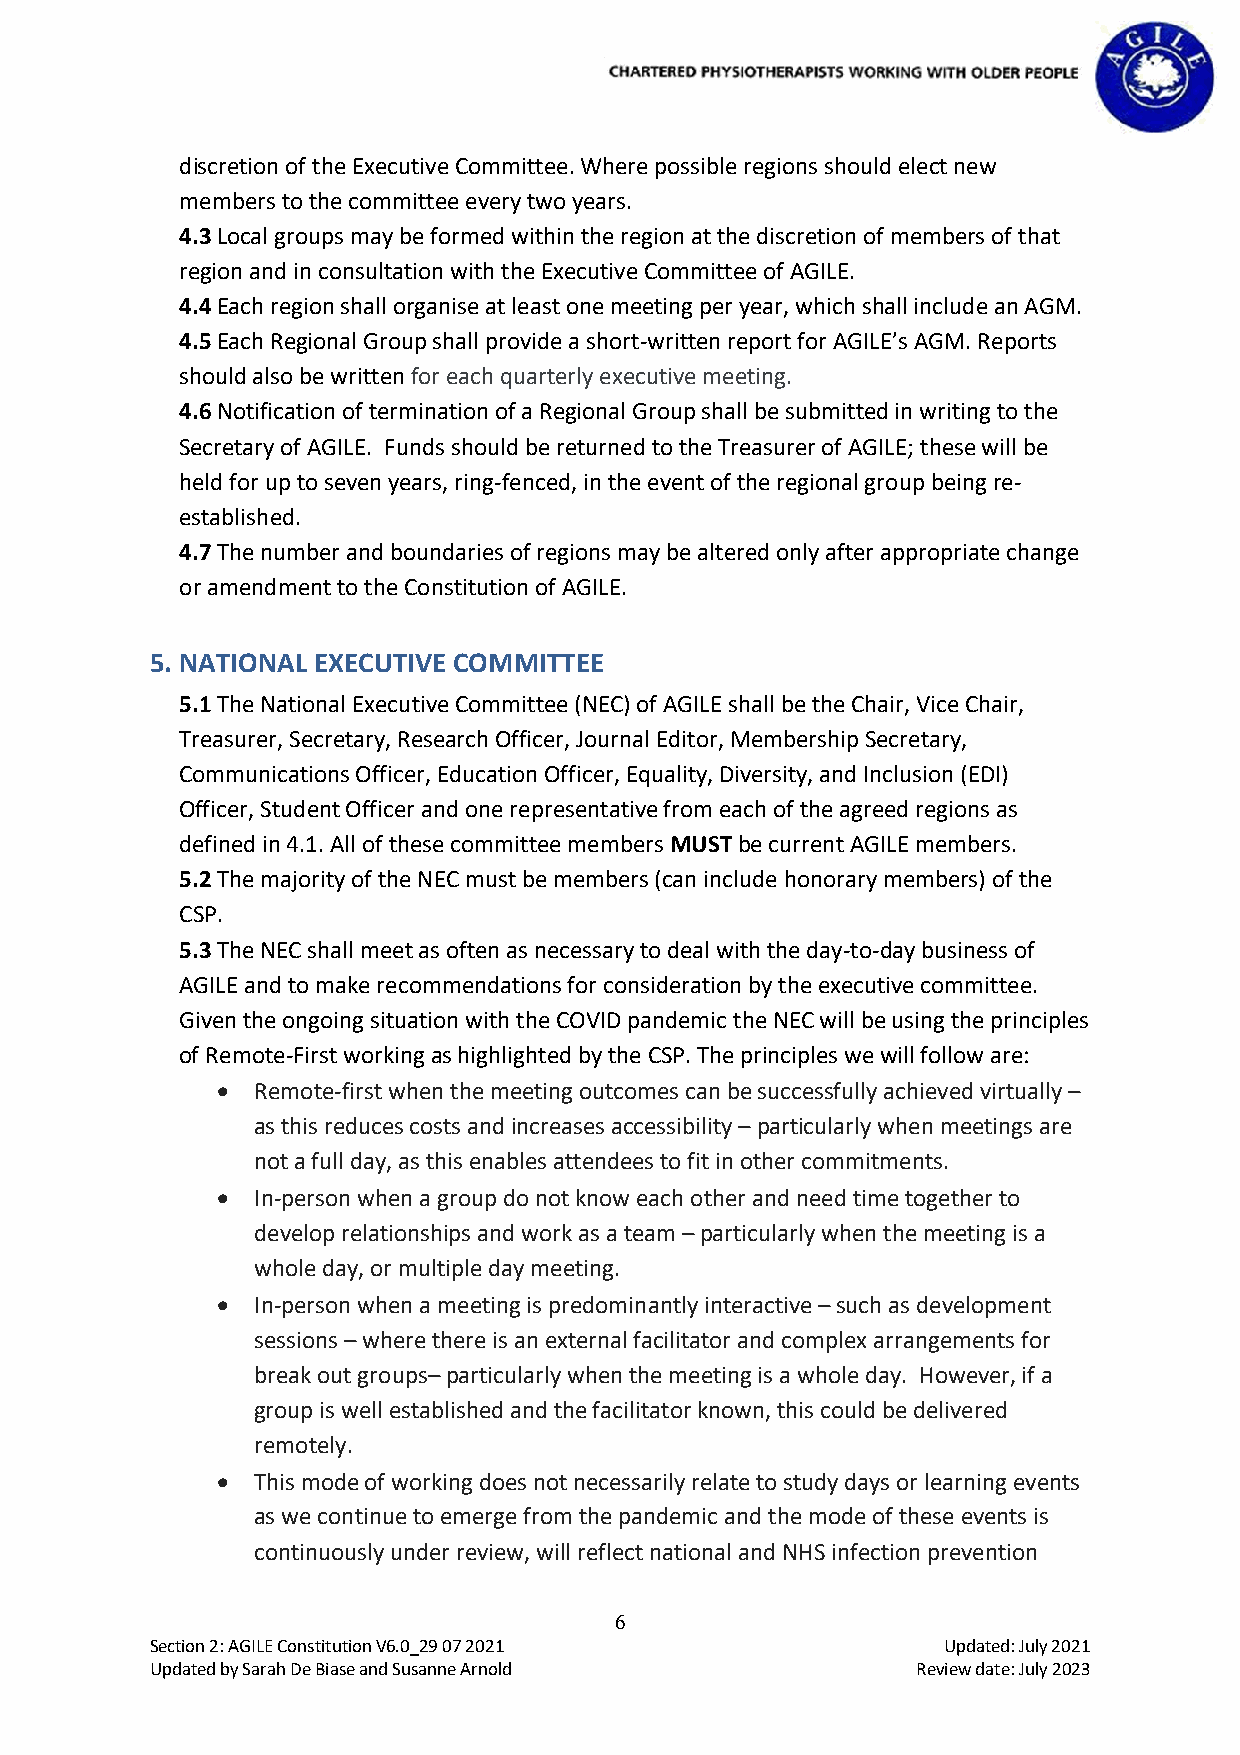
discretion of the Executive Committee. Where possible regions should elect new
 members to the committee every two years.
 4.3 Local groups may be formed within the region at the discretion of members of that
 region and in consultation with the Executive Committee of AGILE.
 4.4 Each region shall organise at least one meeting per year, which shall include an AGM.
 4.5 Each Regional Group shall provide a short-written report for AGILE’s AGM. Reports
 should also be written for each quarterly executive meeting.
 4.6 Notification of termination of a Regional Group shall be submitted in writing to the
 Secretary of AGILE. Funds should be returned to the Treasurer of AGILE; these will be
 held for up to seven years, ring-fenced, in the event of the regional group being re-
 established.
 4.7 The number and boundaries of regions may be altered only after appropriate change
 or amendment to the Constitution of AGILE.
 5. NATIONAL EXECUTIVE COMMITTEE
 5.1 The National Executive Committee (NEC) of AGILE shall be the Chair, Vice Chair,
 Treasurer, Secretary, Research Officer, Journal Editor, Membership Secretary,
 Communications Officer, Education Officer, Equality, Diversity, and Inclusion (EDI)
 Officer, Student Officer and one representative from each of the agreed regions as
 defined in 4.1. All of these committee members MUST be current AGILE members.
 5.2 The majority of the NEC must be members (can include honorary members) of the
 CSP.
 5.3 The NEC shall meet as often as necessary to deal with the day-to-day business of
 AGILE and to make recommendations for consideration by the executive committee.
 Given the ongoing situation with the COVID pandemic the NEC will be using the principles
 of Remote-First working as highlighted by the CSP. The principles we will follow are:
 •  Remote-first when the meeting outcomes can be successfully achieved virtually –
 as this reduces costs and increases accessibility – particularly when meetings are
 not a full day, as this enables attendees to fit in other commitments.
 •  In-person when a group do not know each other and need time together to
 develop relationships and work as a team – particularly when the meeting is a
 whole day, or multiple day meeting.
 •  In-person when a meeting is predominantly interactive – such as development
 sessions – where there is an external facilitator and complex arrangements for
 break out groups– particularly when the meeting is a whole day. However, if a
 group is well established and the facilitator known, this could be delivered
 remotely.
 •  This mode of working does not necessarily relate to study days or learning events
 as we continue to emerge from the pandemic and the mode of these events is
 continuously under review, will reflect national and NHS infection prevention
 6
 Section 2: AGILE Constitution V6.0_29 07 2021       Updated: July 2021
 Updated by Sarah De Biase and Susanne Arnold       Review date: July 2023